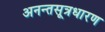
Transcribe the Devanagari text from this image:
अनन्तसूत्रधारण